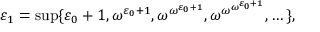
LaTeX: \varepsilon _ { 1 } = \operatorname* { s u p } \{ \varepsilon _ { 0 } + 1 , \omega ^ { \varepsilon _ { 0 } + 1 } , \omega ^ { \omega ^ { \varepsilon _ { 0 } + 1 } } , \omega ^ { \omega ^ { \omega ^ { \varepsilon _ { 0 } + 1 } } } , \dots \} ,